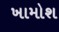
ખામોશ